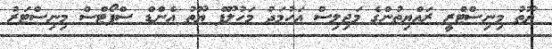
ޔޫތު މިނިސްޓްރީ ރައްޔިތުންގެ މަޖިލިސް އަހުމަދު މަހުލޫފް ޔޫތު އެންޑް ސްޕޯޓްސް މިނިސްޓަރު